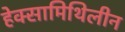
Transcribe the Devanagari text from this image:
हेक्सामिथिलीन